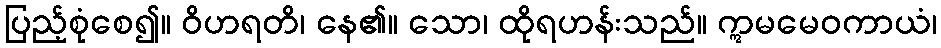
ပြည့်စုံစေ၍။ ဝိဟရတိ၊ နေ၏။ သော၊ ထိုရဟန်းသည်။ ဣမမေဝကာယံ၊